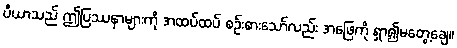
ပီယာသည် ဤပြဿနာများကို အထပ်ထပ် စဉ်းစားသော်လည်း အဖြေကို ရှာ၍မတွေ့ချေ။